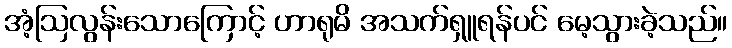
အံ့ဩလွန်းသောကြောင့် ဟာရုမိ အသက်ရှူရန်ပင် မေ့သွားခဲ့သည်။